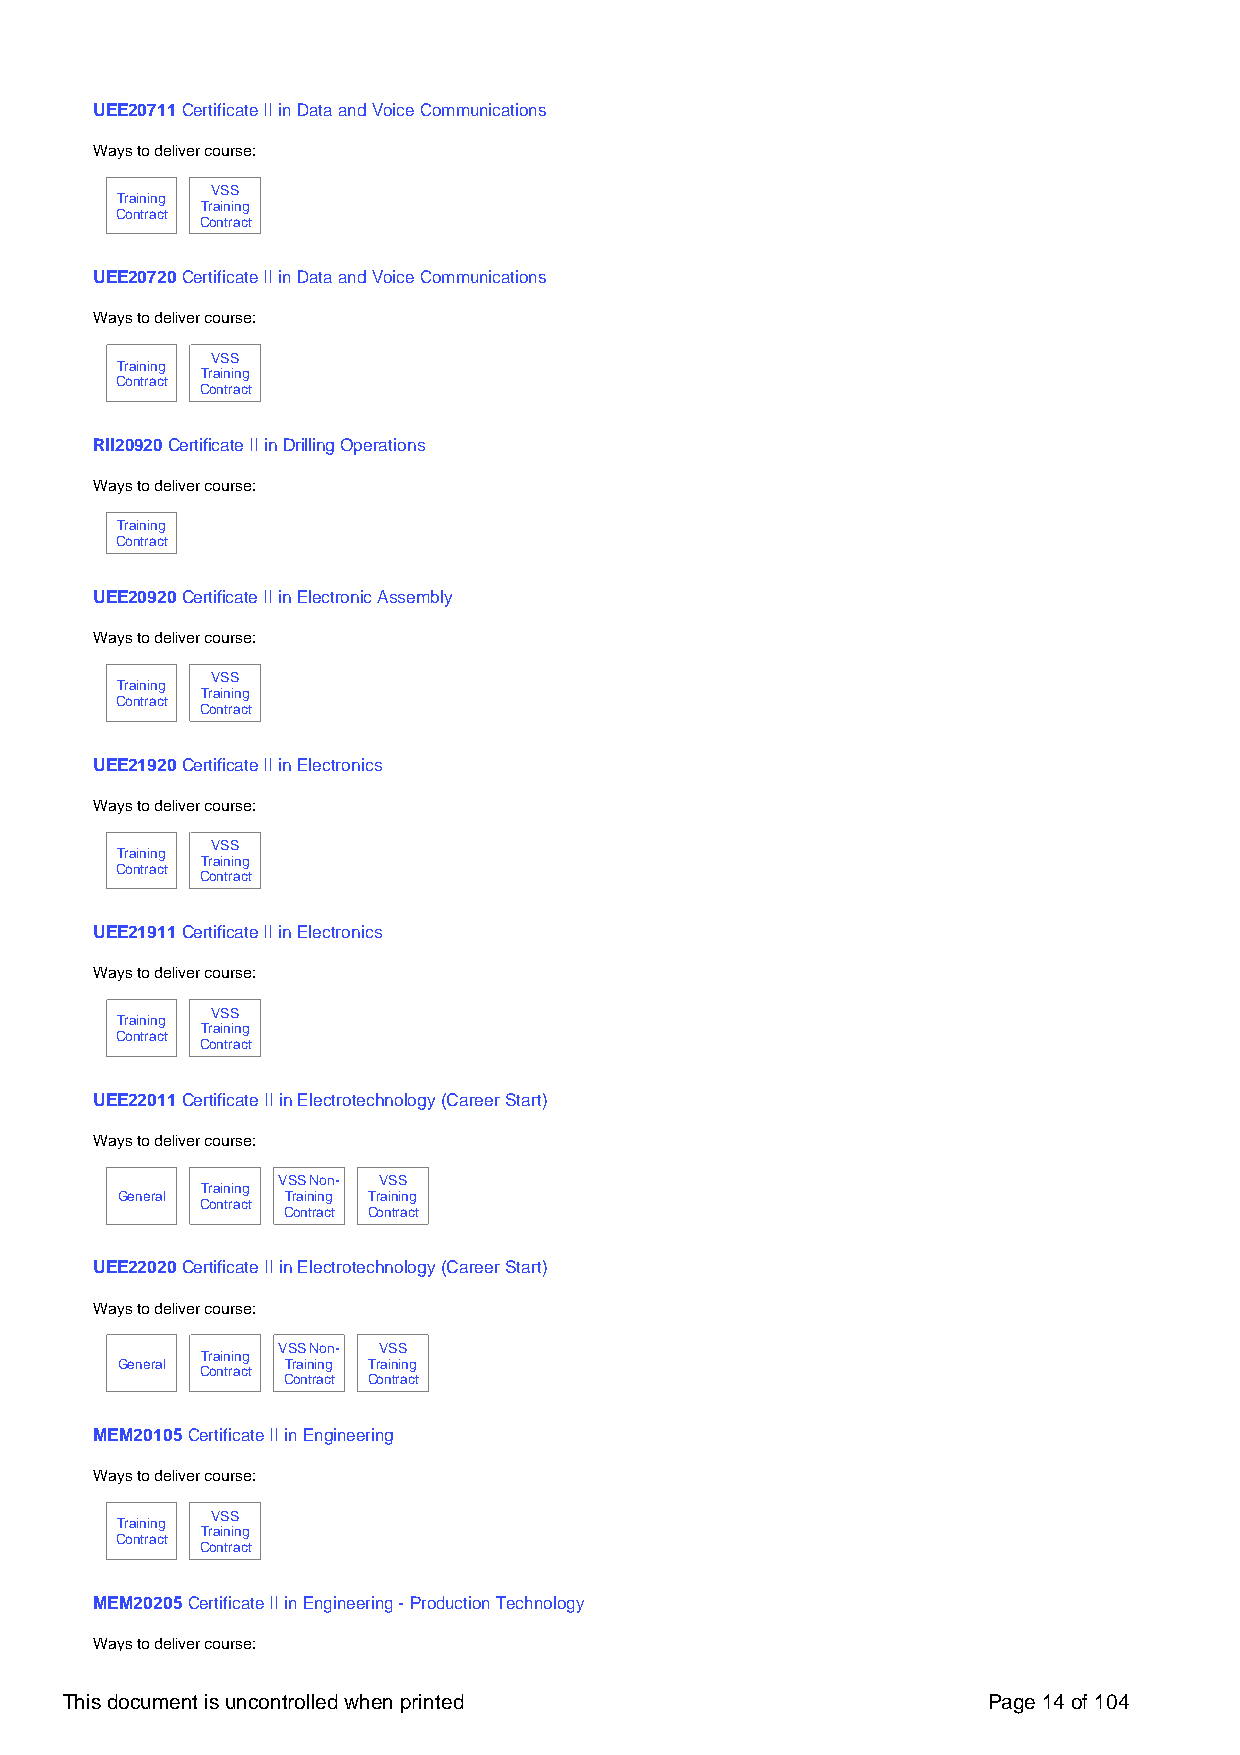
UEE20711 Certificate II in Data and Voice Communications
 Ways to deliver course:
 VSS
 Training
 Training
 Contract
 Contract
 UEE20720 Certificate II in Data and Voice Communications
 Ways to deliver course:
 VSS
 Training
 Training
 Contract
 Contract
 RII20920 Certificate II in Drilling Operations
 Ways to deliver course:
 Training
 Contract
 UEE20920 Certificate II in Electronic Assembly
 Ways to deliver course:
 VSS
 Training
 Training
 Contract
 Contract
 UEE21920 Certificate II in Electronics
 Ways to deliver course:
 VSS
 Training
 Training
 Contract
 Contract
 UEE21911 Certificate II in Electronics
 Ways to deliver course:
 VSS
 Training
 Training
 Contract
 Contract
 UEE22011 Certificate II in Electrotechnology (Career Start)
 Ways to deliver course:
 VSS Non- VSS
 Training
 General    Training Training
 Contract
 Contract Contract
 UEE22020 Certificate II in Electrotechnology (Career Start)
 Ways to deliver course:
 VSS Non- VSS
 Training
 General    Training Training
 Contract
 Contract Contract
 MEM20105 Certificate II in Engineering
 Ways to deliver course:
 VSS
 Training
 Training
 Contract
 Contract
 MEM20205 Certificate II in Engineering - Production Technology
 Ways to deliver course:
 This document is uncontrolled when printed                   Page 14 of 104